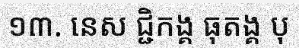
១៣. នេស ជ្ជិកង្គ ធុតង្គ បុ